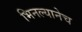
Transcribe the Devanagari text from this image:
भिनल्यानेच